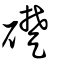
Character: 礎